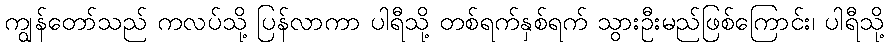
ကျွန်တော်သည် ကလပ်သို့ ပြန်လာကာ ပါရီသို့ တစ်ရက်နှစ်ရက် သွားဦးမည်ဖြစ်ကြောင်း၊ ပါရီသို့